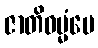
ဇာတိဓမ္မံပေ